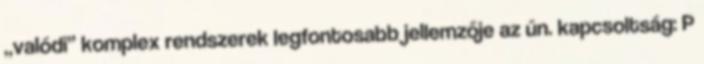
„valódi” komplex rendszerek legfontosabb jellemzője az ún. kapcsoltság: P